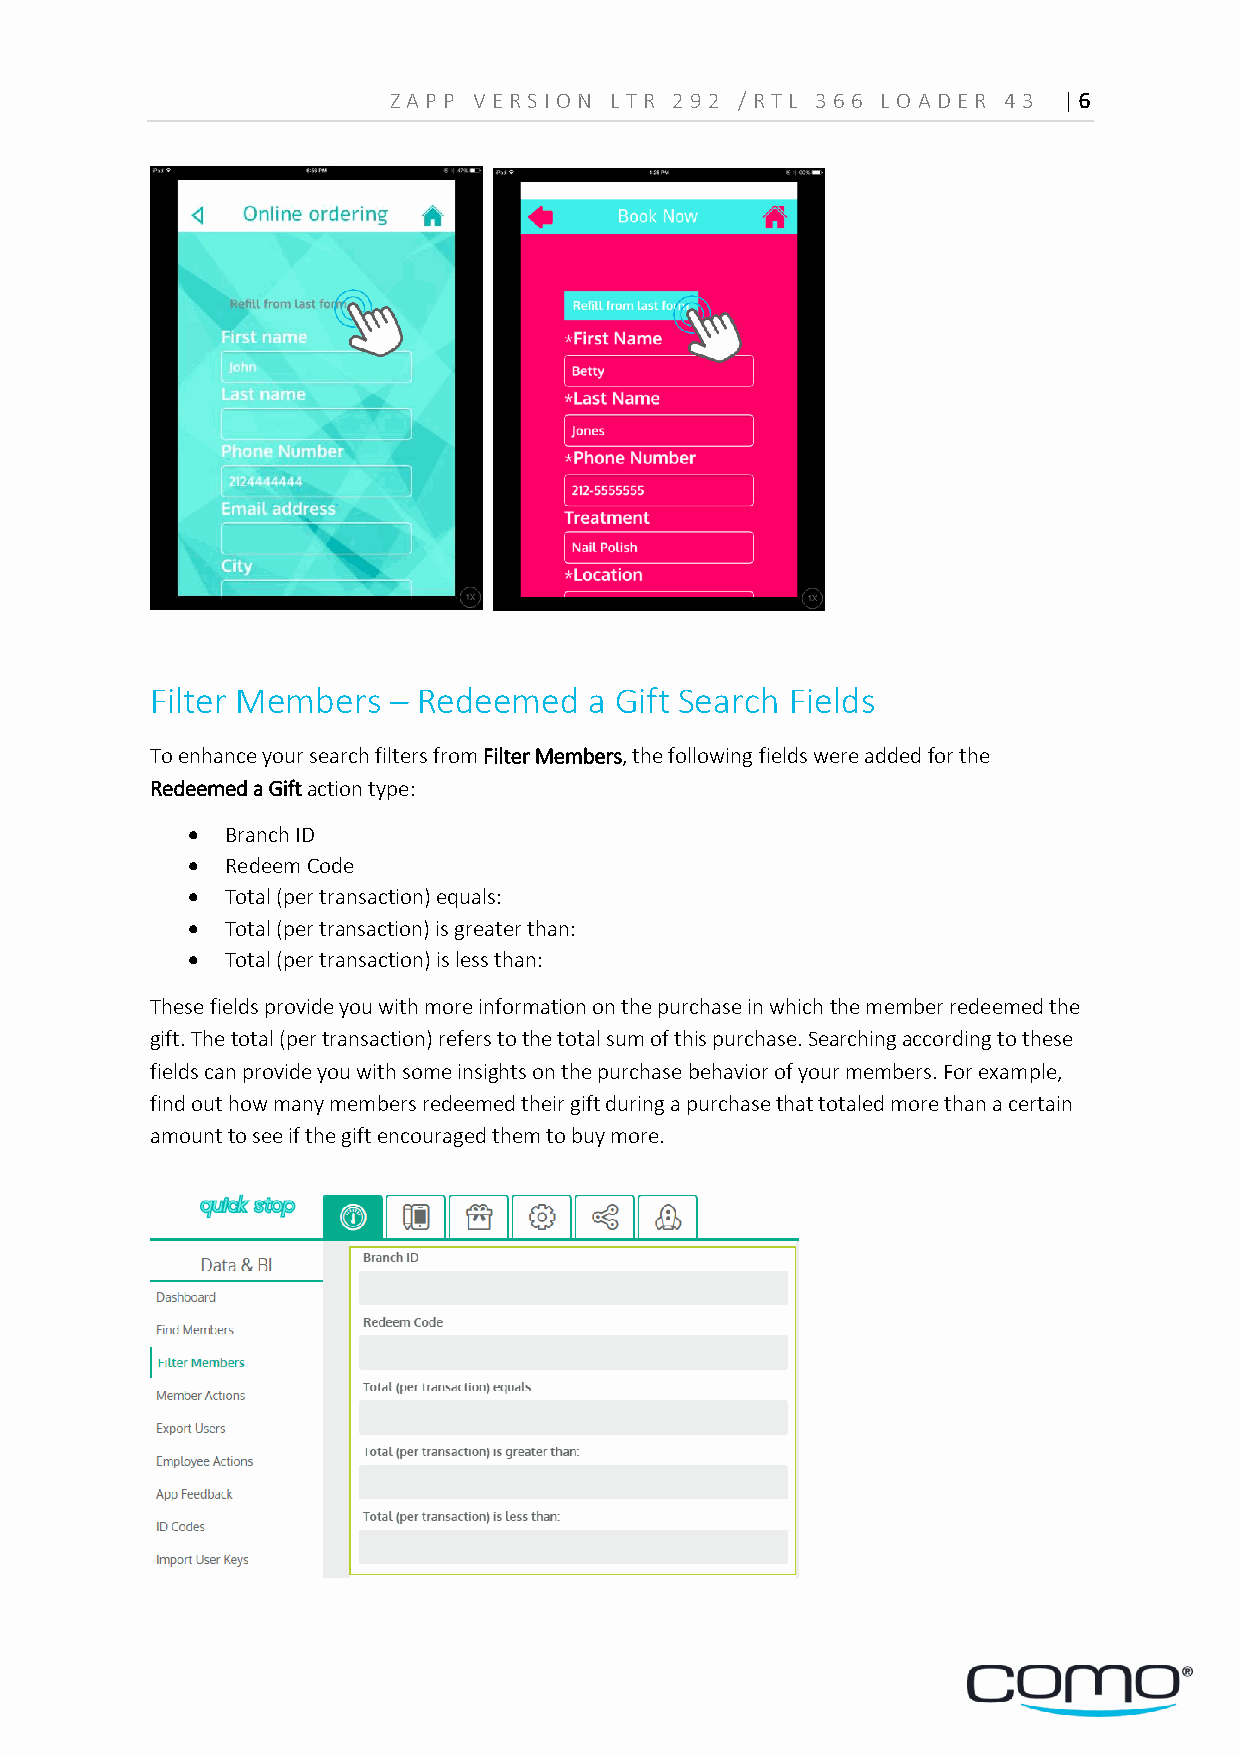
Z A PP VERS ION L TR 29 2 /RTL 36 6 LOA D ER 4 3 | 6
 Filter Members  – Redeemed   a Gift Search Fields
 To enhance your search filters from Filter Members, the following fields were added for the
 Redeemed a Gift action type:
   Branch ID
   Redeem Code
   Total (per transaction) equals:
   Total (per transaction) is greater than:
   Total (per transaction) is less than:
 These fields provide you with more information on the purchase in which the member redeemed the
 gift. The total (per transaction) refers to the total sum of this purchase. Searching according to these
 fields can provide you with some insights on the purchase behavior of your members. For example,
 find out how many members redeemed their gift during a purchase that totaled more than a certain
 amount to see if the gift encouraged them to buy more.